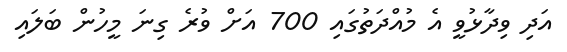
އަދި ވިދާޅުވީ އެ މުއްދަތުގައި 700 އަށް ވުރެ ގިނަ މީހުން ބަލައި